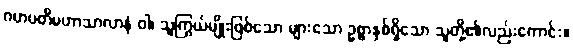
ဂဟပတိမဟာသာလာနံ ဝါ၊ သူကြွယ်မျိုးဖြစ်သော များသော ဥစ္စာနှစ်ရှိသော သူတို့၏လည်းကောင်း။